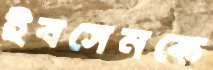
ইবসেনকে